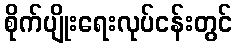
စိုက်ပျိုးရေးလုပ်ငန်းတွင်